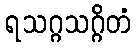
ရသဂ္ဂသဂ္ဂိတံ